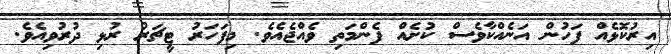
އިރުކޮޅެއް ފަހުން އަނެއްކާވެސް ކުށެއް ފެންމަތި ވެއްޖެއެވެ. މިފަހަރު ޓީޗަރު ރުޅި ދުރުވިއެވެ.